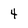
Character: 4